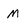
Character: M